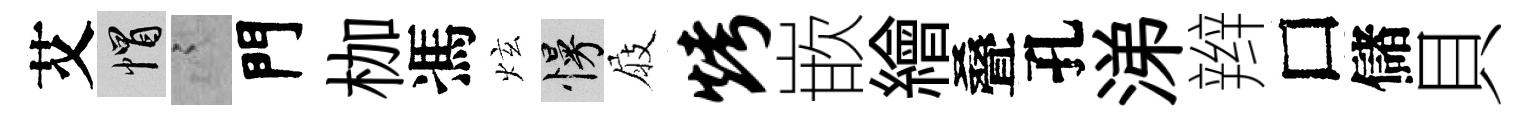
艾帽謭門枷馮炫慢屐烤嵌繪叠孔涕辫□儲貝